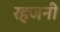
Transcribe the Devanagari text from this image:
रहजनी